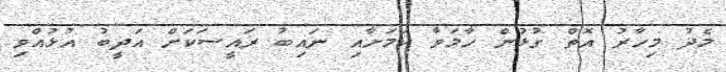
މެދު މިހާރު އޮތް ގުޅުން ހާމަވާ ކަމަށާއި ނައިބު ރައީސަކަށް އަދީބު އުޅުއްވި